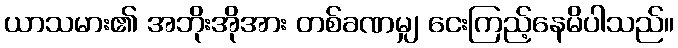
ယာသမား၏ အဘိုးအိုအား တစ်ခဏမျှ ငေးကြည့်နေမိပါသည်။